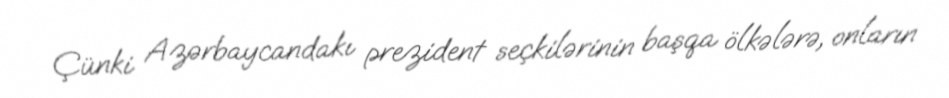
Çünki Azərbaycandakı prezident seçkilərinin başqa ölkələrə, onların